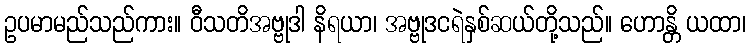
ဥပမာမည်သည်ကား။ ဝီသတိအဗ္ဗုဒါ နိရယာ၊ အဗ္ဗုဒငရဲနှစ်ဆယ်တို့သည်။ ဟောန္တိ ယထာ၊